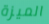
الميزة